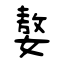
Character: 嫯